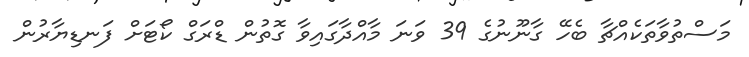
މަސްތުވާތަކެއްޗާ ބެހޭ ގާނޫނުގެ 39 ވަނަ މާއްދާގައިވާ ގޮތުން ޑްރަގް ކޯޓަށް ފަނޑިޔާރުން